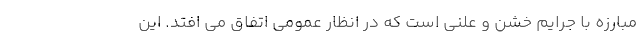
مبارزه با جرایم خشن و علنی است که در انظار عمومی اتفاق می افتد. این